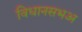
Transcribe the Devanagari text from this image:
विधानसभअ